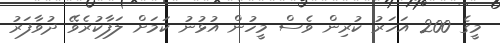
މީގެ 200 އަހަރު ކުރިން ވެސް މީހުން އުޅުނު ކަމަށް ލަފާކުރެވޭ ދުވާފަރު